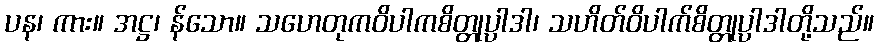
ပန၊ ကား။ အဋ္ဌ၊ န်သော။ သဟေတုကဝိပါကစိတ္တုပ္ပါဒါ၊ သဟိတ်ဝိပါက်စိတ္တုပ္ပါဒါတို့သည်။